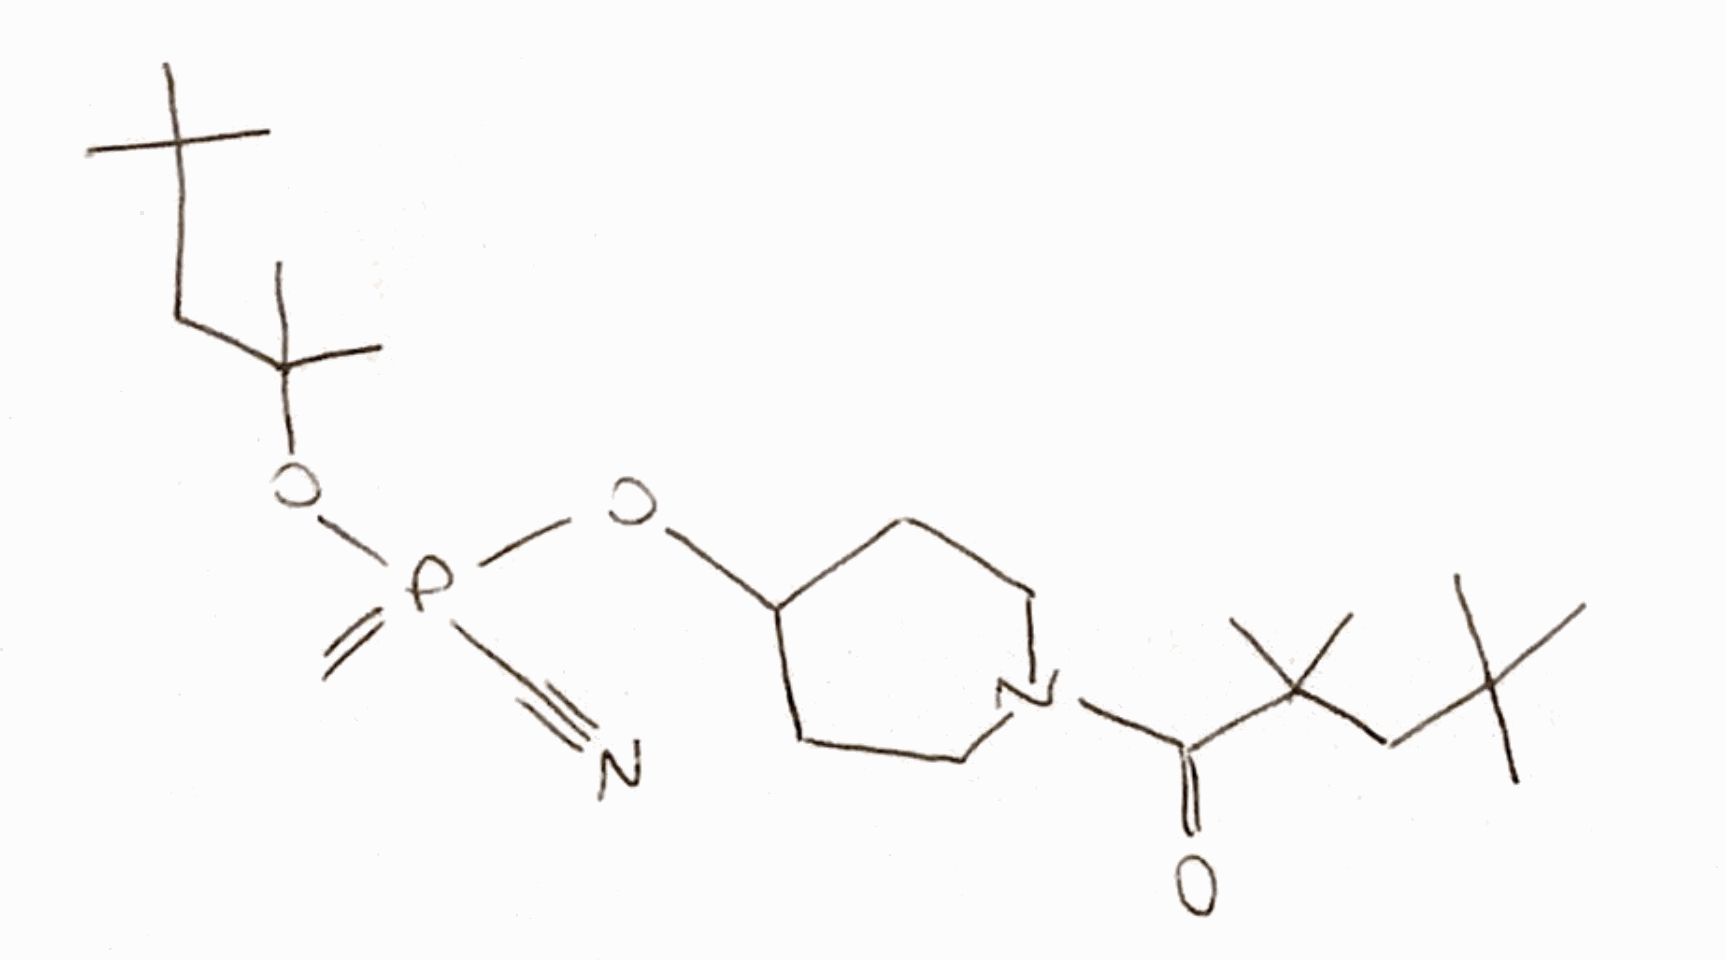
Simplified molecular-input line-entry system (SMILES) notation of the given molecule:
CC(C)(C)CC(C)(C)C(=O)N1CCC(CC1)OP(=C)(C#N)OC(C)(C)CC(C)(C)C